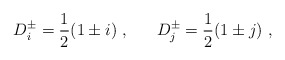
\begin{align*}D^\pm_i = \frac{1}{2}(1 \pm i) ~, ~~~~~ D^\pm_j = \frac{1}{2}(1 \pm j) ~,\end{align*}